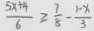
\frac { 5 x + 4 } { 6 } \geq \frac { 7 } { 8 } - \frac { 1 - x } { 3 }